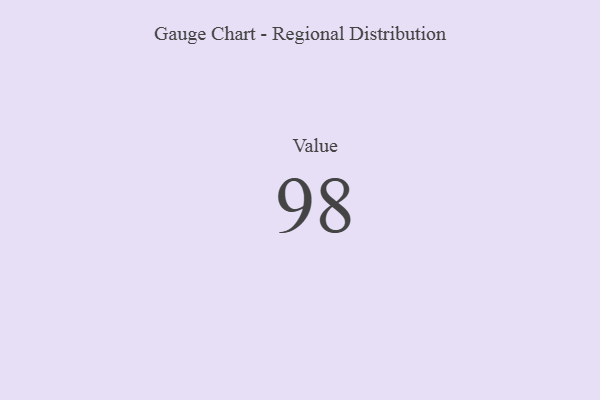
{"axis": {"x": "Metric", "y": "Value"}, "legend": [""], "data": [{"x": "Value", "y": 98, "type": ""}]}